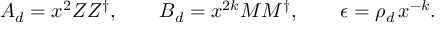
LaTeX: A _ { d } = x ^ { 2 } Z Z ^ { \dag } , \qquad B _ { d } = x ^ { 2 k } M M ^ { \dag } , \qquad \epsilon = \rho _ { d } \, x ^ { - k } .